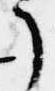
了